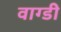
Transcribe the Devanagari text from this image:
वाग्डी